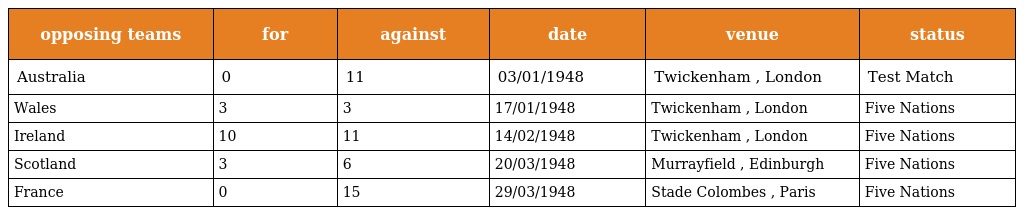
| opposing teams | for | against | date | venue | status |
 | --- | --- | --- | --- | --- | --- |
 | Australia | 0 | 11 | 03/01/1948 | Twickenham , London | Test Match |
 | Wales | 3 | 3 | 17/01/1948 | Twickenham , London | Five Nations |
 | Ireland | 10 | 11 | 14/02/1948 | Twickenham , London | Five Nations |
 | Scotland | 3 | 6 | 20/03/1948 | Murrayfield , Edinburgh | Five Nations |
 | France | 0 | 15 | 29/03/1948 | Stade Colombes , Paris | Five Nations |